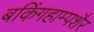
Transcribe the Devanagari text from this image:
बकिंगहाम्पशैर